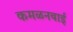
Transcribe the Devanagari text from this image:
कमळनबाई